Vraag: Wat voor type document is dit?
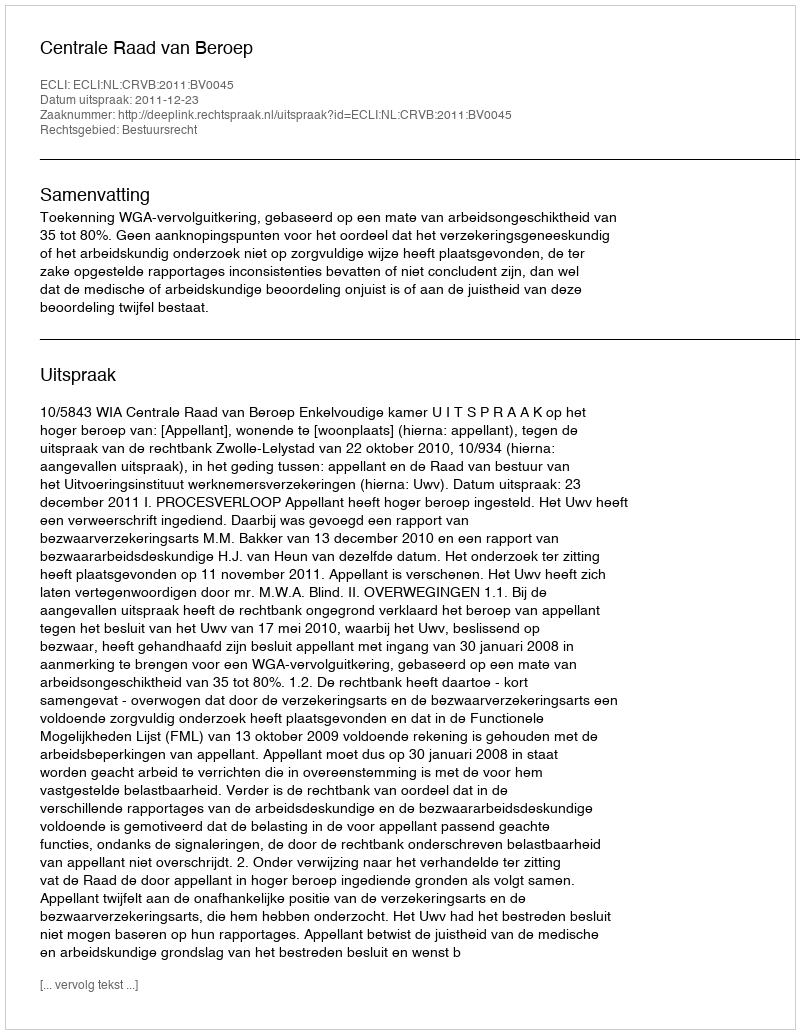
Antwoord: Uitspraak